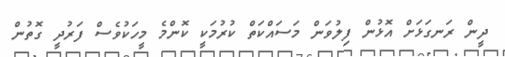
ދީން ރަނގަޅަށް އޮޅުން ފިލުވަން މަސައްކަތް ކުރުމަކީ ކޮންމެ މީހަކުވެސް ފަރުދީ ގޮތުން